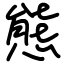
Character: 態